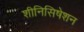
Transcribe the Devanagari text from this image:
शीनिसिषेशन